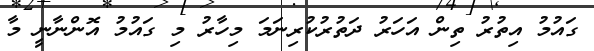
ގައުމު އިތުރު ތިން އަހަރު ދަތުރުކުރިނަމަ މިހާރު މި ގައުމު އޮންނާނީ މާ